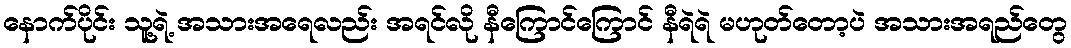
နောက်ပိုင်း သူ့ရဲ့ အသားအရေလည်း အရင်လို နီကြောင်ကြောင် နီရဲရဲ မဟုတ်တော့ပဲ အသားအရည်တွေ